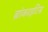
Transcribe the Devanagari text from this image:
ब्रांकाइटिस